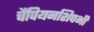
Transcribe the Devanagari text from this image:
चैंपियनशिपभी